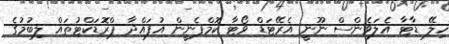
ހިލޭ ޑާޓާ އެލަވެންސް ނޫނީ އެރޭޓަޑް ވޯޓާ ކޮމްޕެނީން އުފައްދާ ޕްރޮޑަކްޓުތައް ލިބުމުގެ